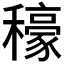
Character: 𮃳